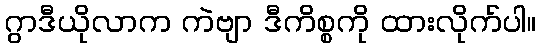
ဂွာဒီယိုလာက ကဲဗျာ ဒီကိစ္စကို ထားလိုက်ပါ။